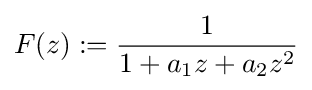
F(z):={\frac {1}{1+a_{1}z+a_{2}z^{2}}}